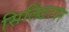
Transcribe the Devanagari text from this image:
सिलिंडरवर